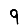
Digit: 9